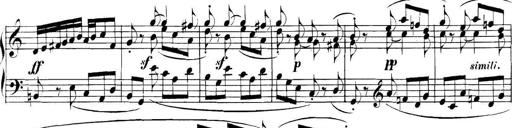
Title: Collected Piano Sonatas
Composer: Muzio Clementi